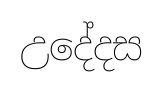
උදේදස